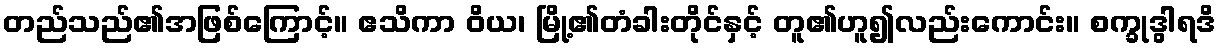
တည်သည်၏အဖြစ်ကြောင့်။ ဧသိကာ ဝိယ၊ မြို့၏တံခါးတိုင်နှင့် တူ၏ဟူ၍လည်းကောင်း။ စက္ခုဒွါရဒိ